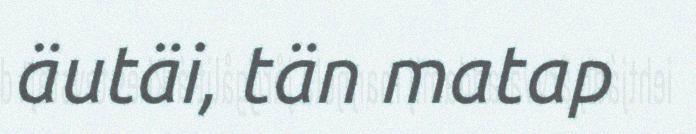
äutäi, tän matap